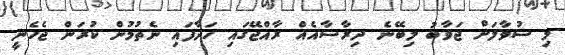
މި ސުވާލަށް ޖަވާބު ލިބޭނެ ދިރާސާއެއް ރާއްޖޭގައި ހަދާފައި ނެތުމުން ކުރަން ޖެހެނީ